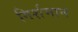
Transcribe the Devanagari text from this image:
गिर्शमान